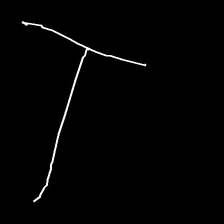
Glyph: column